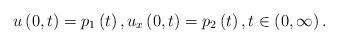
LaTeX: \begin{align*}u\left( 0,t\right) =p_{1}\left( t\right) ,u_{x}\left( 0,t\right)=p_{2}\left( t\right) ,t\in \left( 0,\infty \right) . \end{align*}